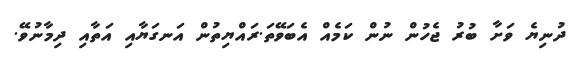
ދުނިޔެ ވަށާ ބުރު ޖެހުން ނުން ކަމެއް އެބަވޭތަ.ރައްޔިތުން އަނގަޔާއި އަތާއި ދިމާނުވޭ.